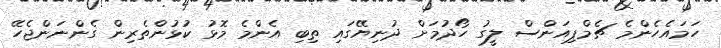
ހަމައެހެންމެ ޗެމްޕިއަންސް ލީގު ހޯދުމަށް ދުނިޔޭގައި ތިބި އެންމެ މޮޅު ކުޅުންތެރިން ގެންނަންޖެހޭ